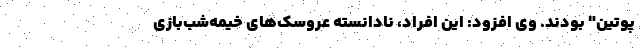
پوتین" بودند. وی افزود: این افراد، نادانسته عروسک‌های خیمه‌شب‌بازی